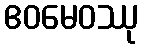
ဧဝမေဝဿု